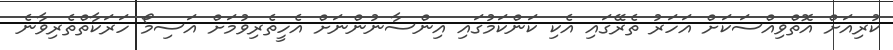
ކުރިއަށް އޮތްވިއްސަކަށް އަހަރު ތެރޭގައި އެކި ކަންކަމުގައި އިންސާނުންނަށް އެހީތެރިވުމަށް އަސިމޯ ހަރަކާތްތެރިވާނެ